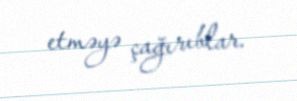
etməyə çağırıblar.